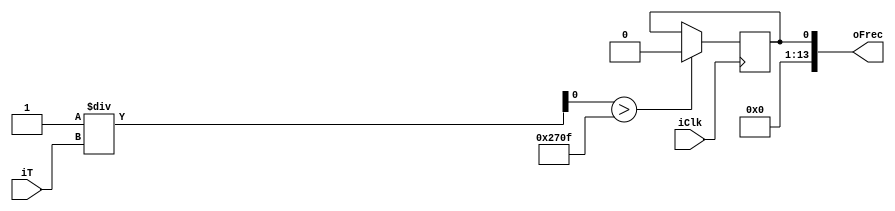
module Decodificador (
input iClk,
input iT,
output [13:0]oFrec
);

reg rFrec_D;
reg rFrec_Q;

assign oFrec = rFrec_Q;

always @ (posedge iClk)
begin
	rFrec_Q <= rFrec_D;
end

always @ *
begin
	rFrec_D = 1/iT;
	
if (rFrec_D > 14'd9999)
	begin
	rFrec_D = 14'd10000;
	end
else
	begin
	rFrec_D = rFrec_Q;
	end
	
end

endmodule